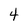
Character: 4